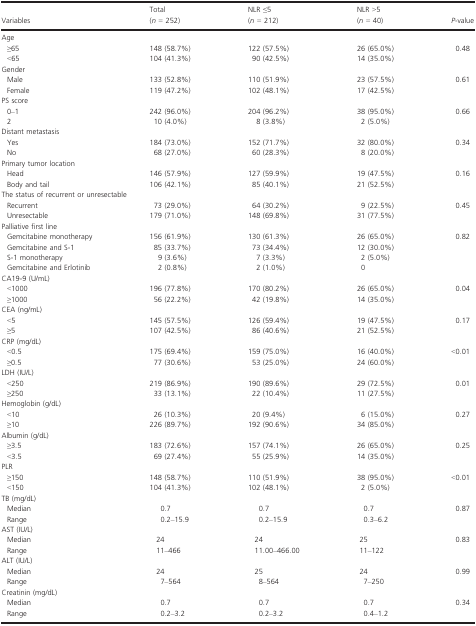
<table><thead><tr><td><b>Variables</b></td><td><b>Total (<i>n</i> = 252)</b></td><td><b>NLR ≤5 (<i>n</i> = 212)</b></td><td><b>NLR &gt;5 (<i>n</i> = 40)</b></td><td><b><i>P</i>-value</b></td></tr></thead><tbody><tr><td colspan="5">Age</td></tr><tr><td> ≥65</td><td>148 (58.7%)</td><td>122 (57.5%)</td><td>26 (65.0%)</td><td rowspan="2">0.48</td></tr><tr><td> &lt;65</td><td>104 (41.3%)</td><td>90 (42.5%)</td><td>14 (35.0%)</td></tr><tr><td colspan="5">Gender</td></tr><tr><td> Male</td><td>133 (52.8%)</td><td>110 (51.9%)</td><td>23 (57.5%)</td><td rowspan="2">0.61</td></tr><tr><td> Female</td><td>119 (47.2%)</td><td>102 (48.1%)</td><td>17 (42.5%)</td></tr><tr><td colspan="5">PS score</td></tr><tr><td> 0–1</td><td>242 (96.0%)</td><td>204 (96.2%)</td><td>38 (95.0%)</td><td rowspan="2">0.66</td></tr><tr><td> 2</td><td>10 (4.0%)</td><td>8 (3.8%)</td><td>2 (5.0%)</td></tr><tr><td colspan="5">Distant metastasis</td></tr><tr><td> Yes</td><td>184 (73.0%)</td><td>152 (71.7%)</td><td>32 (80.0%)</td><td rowspan="2">0.34</td></tr><tr><td> No</td><td>68 (27.0%)</td><td>60 (28.3%)</td><td>8 (20.0%)</td></tr><tr><td colspan="5">Primary tumor location</td></tr><tr><td> Head</td><td>146 (57.9%)</td><td>127 (59.9%)</td><td>19 (47.5%)</td><td rowspan="2">0.16</td></tr><tr><td> Body and tail</td><td>106 (42.1%)</td><td>85 (40.1%)</td><td>21 (52.5%)</td></tr><tr><td colspan="5">The status of recurrent or unresectable</td></tr><tr><td> Recurrent</td><td>73 (29.0%)</td><td>64 (30.2%)</td><td>9 (22.5%)</td><td rowspan="2">0.45</td></tr><tr><td> Unresectable</td><td>179 (71.0%)</td><td>148 (69.8%)</td><td>31 (77.5%)</td></tr><tr><td colspan="5">Palliative first line</td></tr><tr><td> Gemcitabine monotherapy</td><td>156 (61.9%)</td><td>130 (61.3%)</td><td>26 (65.0%)</td><td rowspan="4">0.82</td></tr><tr><td> Gemcitabine and S-1</td><td>85 (33.7%)</td><td>73 (34.4%)</td><td>12 (30.0%)</td></tr><tr><td> S-1 monotherapy</td><td>9 (3.6%)</td><td>7 (3.3%)</td><td>2 (5.0%)</td></tr><tr><td> Gemcitabine and Erlotinib</td><td>2 (0.8%)</td><td>2 (1.0%)</td><td>0</td></tr><tr><td colspan="5">CA19-9 (U/mL)</td></tr><tr><td> &lt;1000</td><td>196 (77.8%)</td><td>170 (80.2%)</td><td>26 (65.0%)</td><td rowspan="2">0.04</td></tr><tr><td> ≥1000</td><td>56 (22.2%)</td><td>42 (19.8%)</td><td>14 (35.0%)</td></tr><tr><td colspan="5">CEA (ng/mL)</td></tr><tr><td> &lt;5</td><td>145 (57.5%)</td><td>126 (59.4%)</td><td>19 (47.5%)</td><td rowspan="2">0.17</td></tr><tr><td> ≥5</td><td>107 (42.5%)</td><td>86 (40.6%)</td><td>21 (52.5%)</td></tr><tr><td colspan="5">CRP (mg/dL)</td></tr><tr><td> &lt;0.5</td><td>175 (69.4%)</td><td>159 (75.0%)</td><td>16 (40.0%)</td><td rowspan="2">&lt;0.01</td></tr><tr><td> ≥0.5</td><td>77 (30.6%)</td><td>53 (25.0%)</td><td>24 (60.0%)</td></tr><tr><td colspan="5">LDH (IU/L)</td></tr><tr><td> &lt;250</td><td>219 (86.9%)</td><td>190 (89.6%)</td><td>29 (72.5%)</td><td rowspan="2">0.01</td></tr><tr><td> ≥250</td><td>33 (13.1%)</td><td>22 (10.4%)</td><td>11 (27.5%)</td></tr><tr><td colspan="5">Hemoglobin (g/dL)</td></tr><tr><td> &lt;10</td><td>26 (10.3%)</td><td>20 (9.4%)</td><td>6 (15.0%)</td><td rowspan="2">0.27</td></tr><tr><td> ≥10</td><td>226 (89.7%)</td><td>192 (90.6%)</td><td>34 (85.0%)</td></tr><tr><td colspan="5">Albumin (g/dL)</td></tr><tr><td> ≥3.5</td><td>183 (72.6%)</td><td>157 (74.1%)</td><td>26 (65.0%)</td><td rowspan="2">0.25</td></tr><tr><td> &lt;3.5</td><td>69 (27.4%)</td><td>55 (25.9%)</td><td>14 (35.0%)</td></tr><tr><td colspan="5">PLR</td></tr><tr><td> ≥150</td><td>148 (58.7%)</td><td>110 (51.9%)</td><td>38 (95.0%)</td><td rowspan="2">&lt;0.01</td></tr><tr><td> &lt;150</td><td>104 (41.3%)</td><td>102 (48.1%)</td><td>2 (5.0%)</td></tr><tr><td colspan="5">TB (mg/dL)</td></tr><tr><td> Median</td><td>0.7</td><td>0.7</td><td>0.7</td><td rowspan="2">0.87</td></tr><tr><td> Range</td><td>0.2–15.9</td><td>0.2–15.9</td><td>0.3–6.2</td></tr><tr><td colspan="5">AST (IU/L)</td></tr><tr><td> Median</td><td>24</td><td>24</td><td>25</td><td rowspan="2">0.83</td></tr><tr><td> Range</td><td>11–466</td><td>11.00–466.00</td><td>11–122</td></tr><tr><td colspan="5">ALT (IU/L)</td></tr><tr><td> Median</td><td>24</td><td>25</td><td>24</td><td rowspan="2">0.99</td></tr><tr><td> Range</td><td>7–564</td><td>8–564</td><td>7–250</td></tr><tr><td colspan="5">Creatinin (mg/dL)</td></tr><tr><td> Median</td><td>0.7</td><td>0.7</td><td>0.7</td><td rowspan="2">0.34</td></tr><tr><td> Range</td><td>0.2–3.2</td><td>0.2–3.2</td><td>0.4–1.2</td></tr></tbody></table>